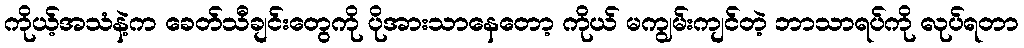
ကိုယ့်အသံနဲ့က ခေတ်သီချင်းတွေကို ပိုအားသာနေတော့ ကိုယ် မကျွမ်းကျင်တဲ့ ဘာသာရပ်ကို လုပ်ရတာ